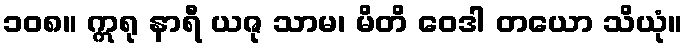
၁၀၈။ ဣရု နာရီ ယဇု သာမ၊ မိတိ ဝေဒါ တယော သိယုံ။